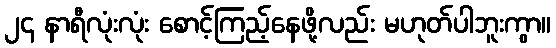
၂၄ နာရီလုံးလုံး စောင့်ကြည့်နေဖို့လည်း မဟုတ်ပါဘူးကွာ။